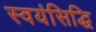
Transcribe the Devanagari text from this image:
स्वयंसिद्धि